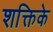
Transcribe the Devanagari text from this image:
शक्तिके